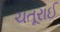
ચતૂરાઈ